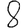
Digit: 8